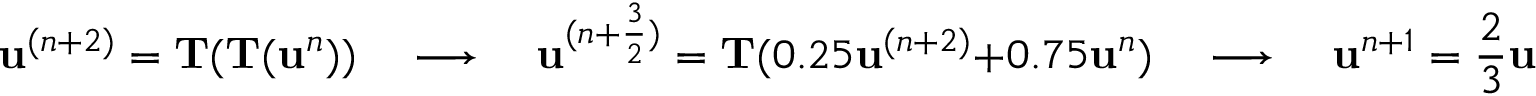
\mathbf u ^ { ( n + 2 ) } = \mathbf T ( \mathbf T ( \mathbf u ^ { n } ) ) \quad \longrightarrow \quad \mathbf u ^ { ( n + \frac { 3 } { 2 } ) } = \mathbf T ( 0 . 2 5 \mathbf u ^ { ( n + 2 ) } + 0 . 7 5 \mathbf u ^ { n } ) \quad \longrightarrow \quad \mathbf u ^ { n + 1 } = \frac { 2 } { 3 } \mathbf u ^ { ( n + \frac { 3 } { 2 } ) } + \frac { 1 } { 3 } \mathbf u ^ { n }